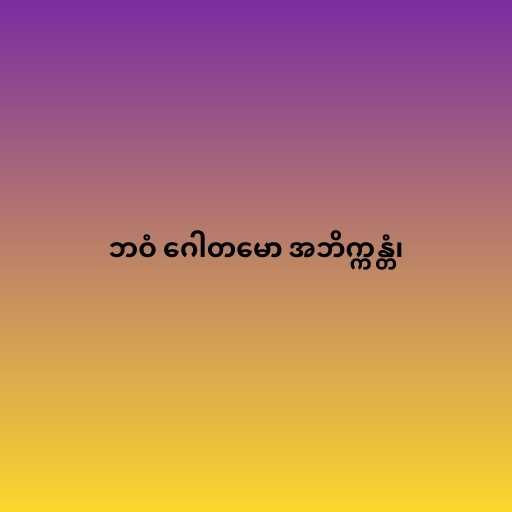
ဘဝံ ဂေါတမော အဘိက္ကန္တံ၊